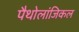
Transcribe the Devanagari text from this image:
पैथोलांजिकल